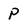
Character: P